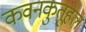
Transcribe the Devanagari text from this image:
कवनकुतूहल